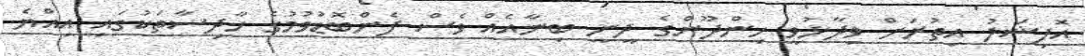
އޮފިޝަލު އިތުރަށް ވިދާޅުވީ ހިންދޫންގެ ދީނީ ބިނާއެއް ވެސް ފެންބޮޑުވުމުގެ ހާދިސާތަކުގައި އިއްޔެ